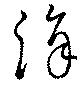
涓